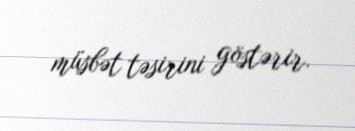
müsbət təsirini göstərir.